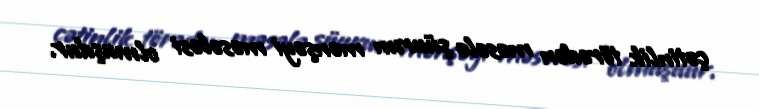
çətinlik törədən məsələ şüurun mənşəyi məsələsi olmuşdur.